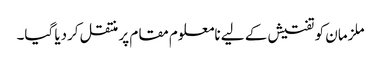
ملزمان کو تفتیش کے لیے نامعلوم مقام پر منتقل کردیا گیا۔